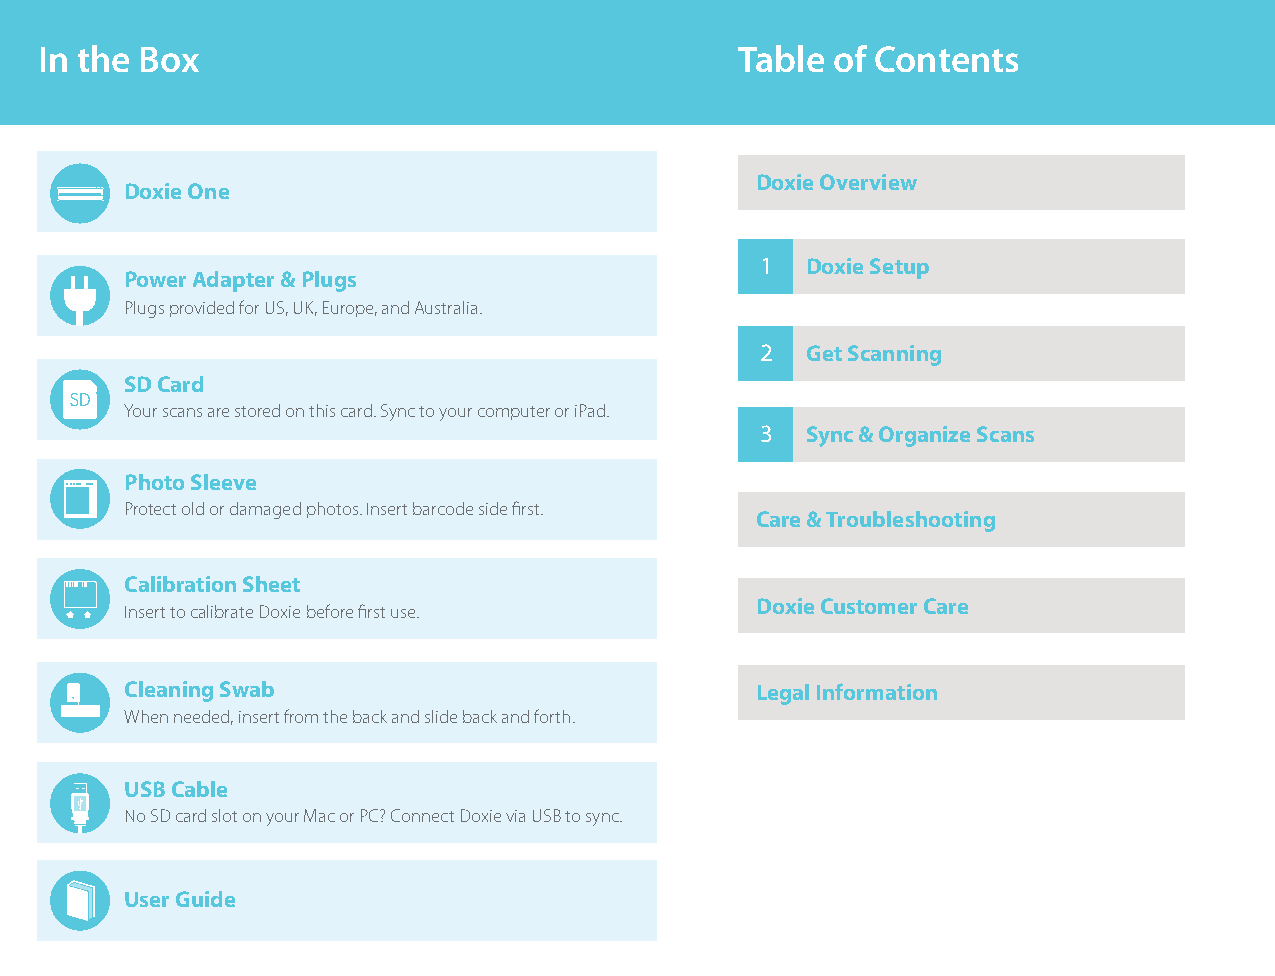
In the Box                                     Table of Contents
 Doxie Overview
 Doxie One
 1  Doxie Setup
 Power Adapter & Plugs
 Plugs provided for US, UK, Europe, and Australia.
 2  Get Scanning
 SD Card
 Your scans are stored on this card. Sync to your computer or iPad.
 3  Sync & Organize Scans
 Photo Sleeve
 Protect old or damaged photos. Insert barcode side first.
 Care & Troubleshooting
 Calibration Sheet
 Doxie Customer Care
 Insert to calibrate Doxie before first use.
 Cleaning Swab                             Legal Information
 When needed, insert from the back and slide back and forth.
 USB Cable
 No SD card slot on your Mac or PC? Connect Doxie via USB to sync.
 User Guide